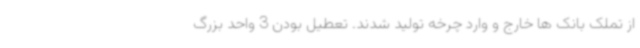
از تملک بانک ها خارج و وارد چرخه تولید شدند. تعطیل بودن 3 واحد بزرگ